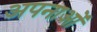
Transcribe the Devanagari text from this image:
अपनाओं